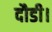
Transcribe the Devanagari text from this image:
दौडी।